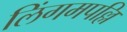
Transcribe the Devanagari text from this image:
लिंगमपल्लि